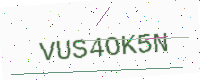
Text: VUS4OK5N